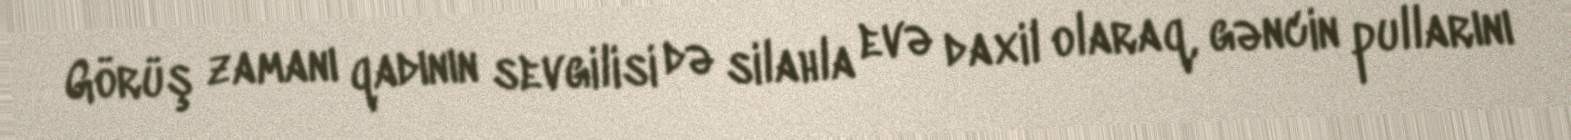
Görüş zamanı qadının sevgilisi də silahla evə daxil olaraq, gəncin pullarını